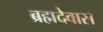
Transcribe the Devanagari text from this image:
ब्रह्मदेवास